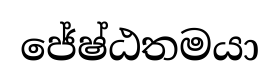
ජේෂ්ඨතමයා